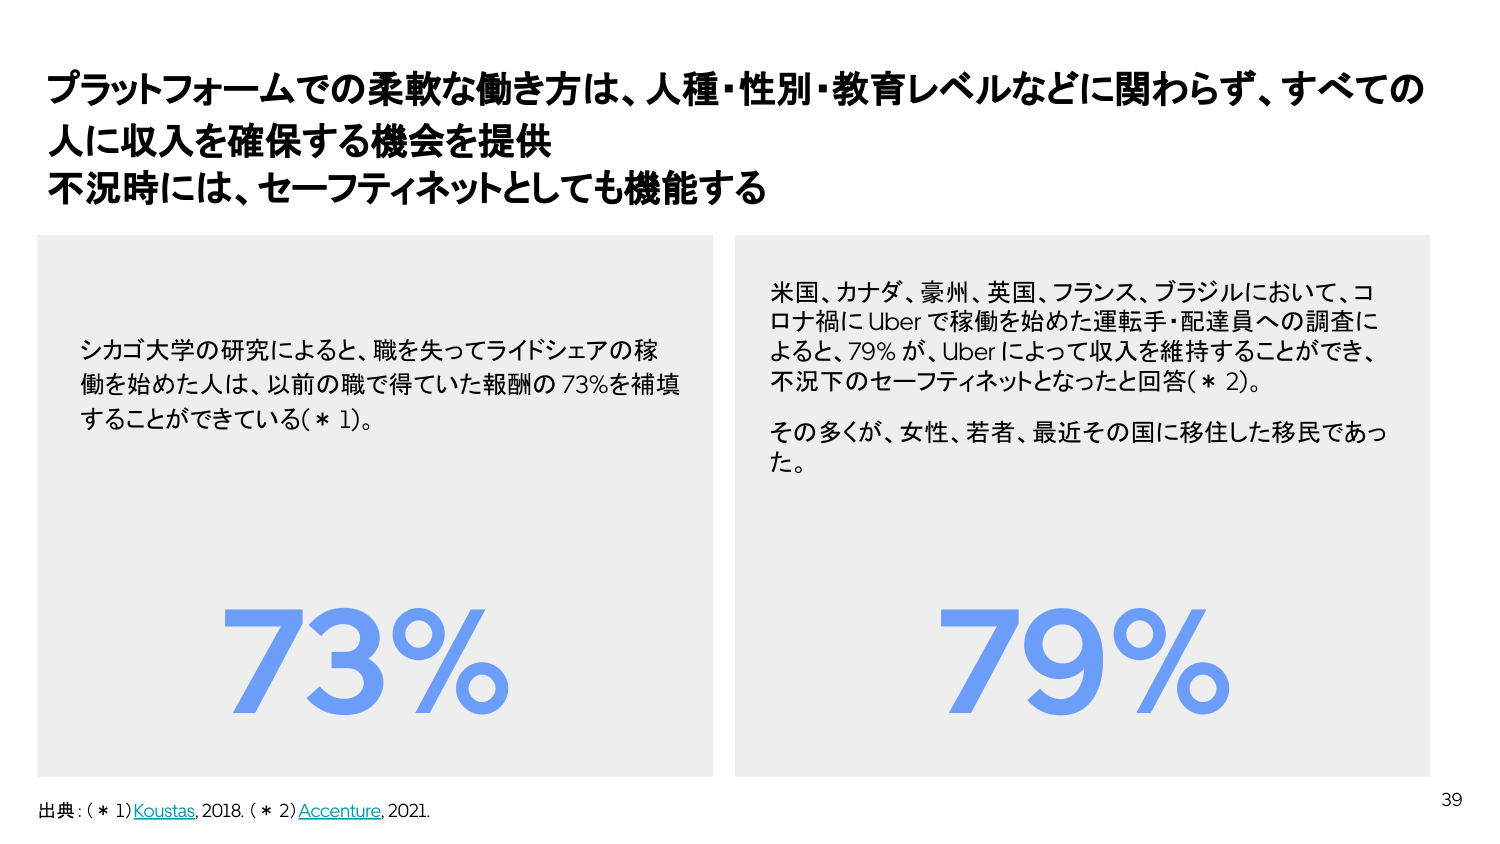
プラットフォームでの柔軟な働き方は、人種・性別・教育レベルなどに関わらず、すべての人に収入を確保する機会を提供
不況時には、セーフティネットとしても機能する

シカゴ大学の研究によると、職を失ってライドシェアの稼働を始めた人は、以前の職で得ていた報酬の73％を補填することができている（＊1）。

73%

米国、カナダ、豪州、英国、フランス、ブラジルにおいて、コロナ禍にUberで稼働を始めた運転手・配達員への調査によると、79％が、Uberによって収入を維持することができ、不況下のセーフティネットとなったと回答（＊2）。
その多くが、女性、若者、最近その国に移住した移民であった。

79%

出典：（＊1）Koustas, 2018. （＊2）Accenture, 2021.

39